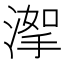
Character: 𣹤